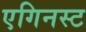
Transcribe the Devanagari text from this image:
एगिनस्ट